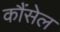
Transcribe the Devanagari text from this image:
कौंसेल